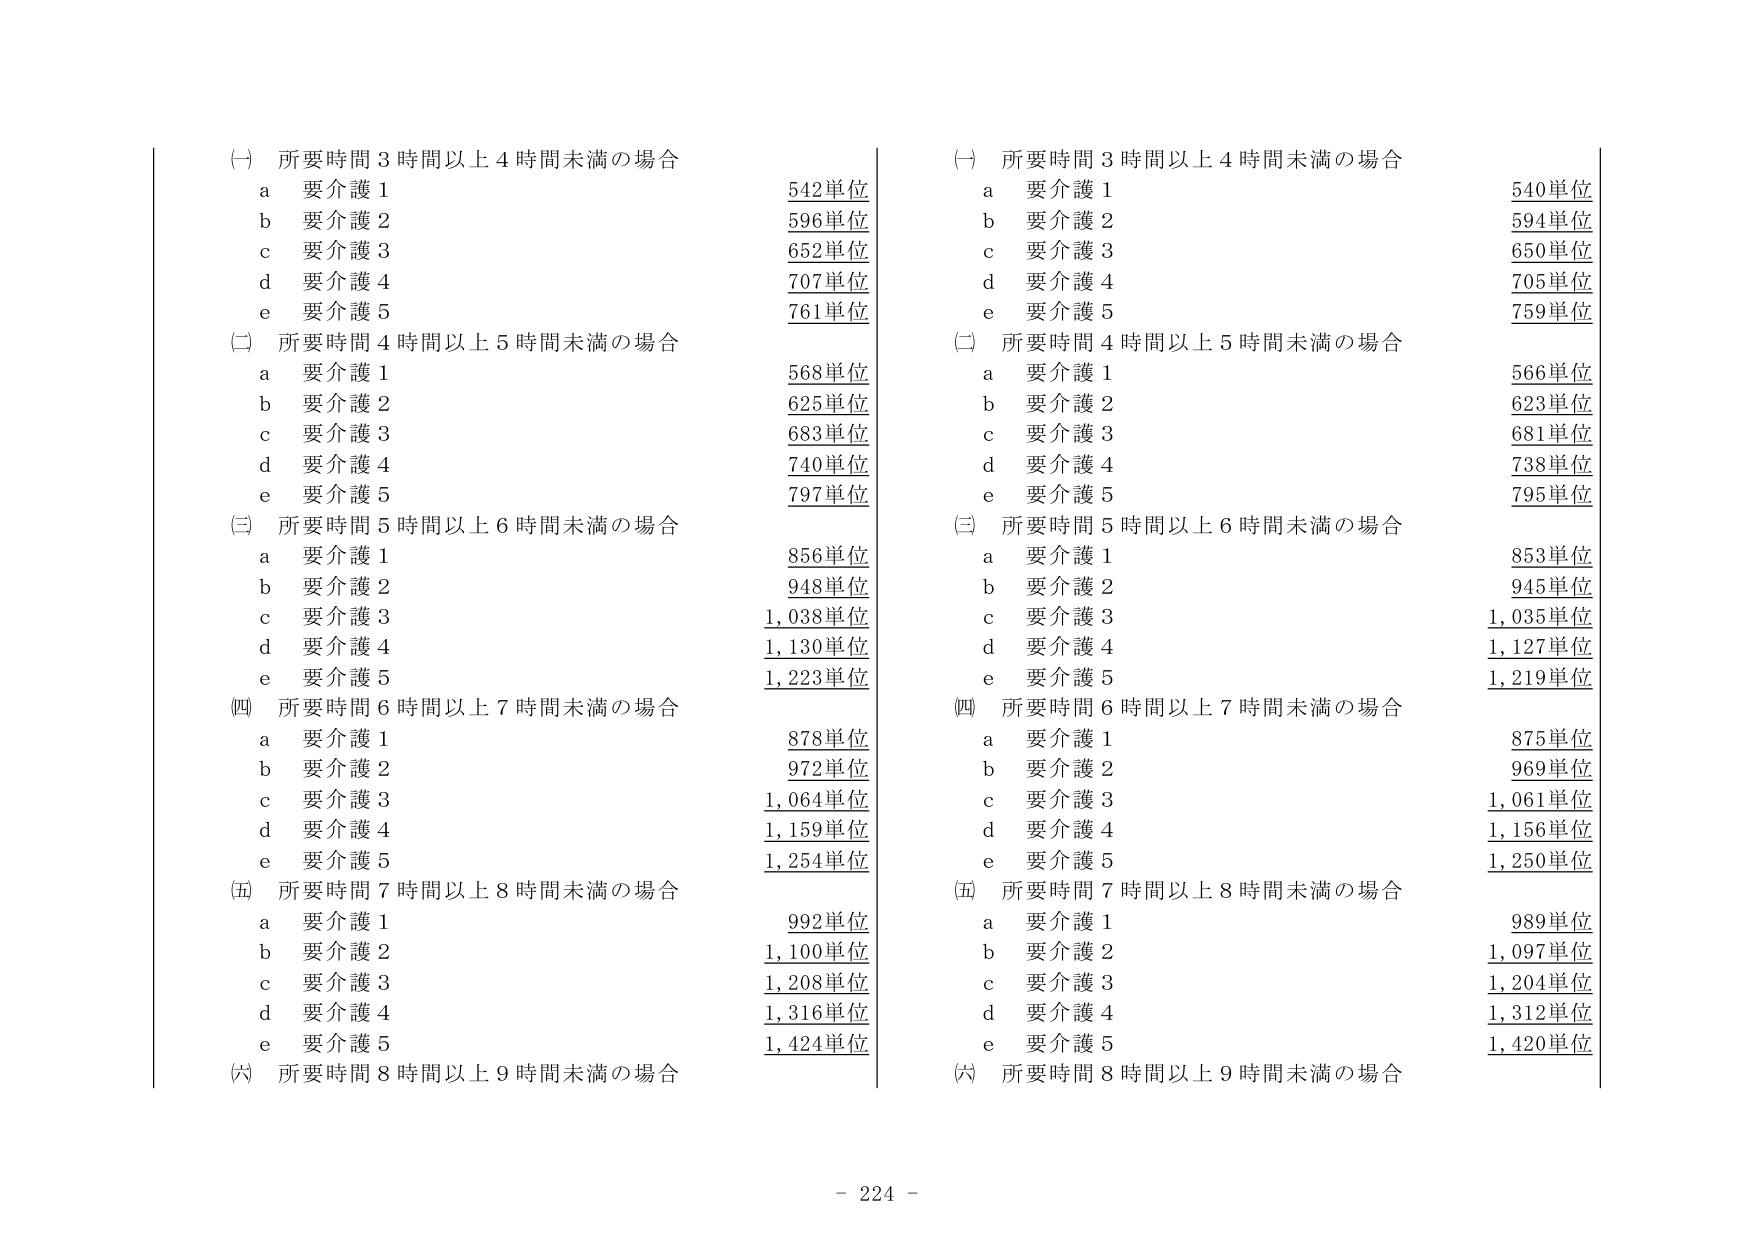
(一) 所要時間３時間以上４時間未満の場合
　a 要介護１　　　　　　　　　　　　　　　　542単位
　b 要介護２　　　　　　　　　　　　　　　　596単位
　c 要介護３　　　　　　　　　　　　　　　　652単位
　d 要介護４　　　　　　　　　　　　　　　　707単位
　e 要介護５　　　　　　　　　　　　　　　　761単位

(二) 所要時間４時間以上５時間未満の場合
　a 要介護１　　　　　　　　　　　　　　　　568単位
　b 要介護２　　　　　　　　　　　　　　　　625単位
　c 要介護３　　　　　　　　　　　　　　　　683単位
　d 要介護４　　　　　　　　　　　　　　　　740単位
　e 要介護５　　　　　　　　　　　　　　　　797単位

(三) 所要時間５時間以上６時間未満の場合
　a 要介護１　　　　　　　　　　　　　　　　856単位
　b 要介護２　　　　　　　　　　　　　　　　948単位
　c 要介護３　　　　　　　　　　　　　　　　1,038単位
　d 要介護４　　　　　　　　　　　　　　　　1,130単位
　e 要介護５　　　　　　　　　　　　　　　　1,223単位

(四) 所要時間６時間以上７時間未満の場合
　a 要介護１　　　　　　　　　　　　　　　　878単位
　b 要介護２　　　　　　　　　　　　　　　　972単位
　c 要介護３　　　　　　　　　　　　　　　　1,064単位
　d 要介護４　　　　　　　　　　　　　　　　1,159単位
　e 要介護５　　　　　　　　　　　　　　　　1,254単位

(五) 所要時間７時間以上８時間未満の場合
　a 要介護１　　　　　　　　　　　　　　　　992単位
　b 要介護２　　　　　　　　　　　　　　　　1,100単位
　c 要介護３　　　　　　　　　　　　　　　　1,208単位
　d 要介護４　　　　　　　　　　　　　　　　1,316単位
　e 要介護５　　　　　　　　　　　　　　　　1,424単位

(六) 所要時間８時間以上９時間未満の場合

(一) 所要時間３時間以上４時間未満の場合
　a 要介護１　　　　　　　　　　　　　　　　540単位
　b 要介護２　　　　　　　　　　　　　　　　594単位
　c 要介護３　　　　　　　　　　　　　　　　650単位
　d 要介護４　　　　　　　　　　　　　　　　705単位
　e 要介護５　　　　　　　　　　　　　　　　759単位

(二) 所要時間４時間以上５時間未満の場合
　a 要介護１　　　　　　　　　　　　　　　　566単位
　b 要介護２　　　　　　　　　　　　　　　　623単位
　c 要介護３　　　　　　　　　　　　　　　　681単位
　d 要介護４　　　　　　　　　　　　　　　　738単位
　e 要介護５　　　　　　　　　　　　　　　　795単位

(三) 所要時間５時間以上６時間未満の場合
　a 要介護１　　　　　　　　　　　　　　　　853単位
　b 要介護２　　　　　　　　　　　　　　　　945単位
　c 要介護３　　　　　　　　　　　　　　　　1,035単位
　d 要介護４　　　　　　　　　　　　　　　　1,127単位
　e 要介護５　　　　　　　　　　　　　　　　1,219単位

(四) 所要時間６時間以上７時間未満の場合
　a 要介護１　　　　　　　　　　　　　　　　875単位
　b 要介護２　　　　　　　　　　　　　　　　969単位
　c 要介護３　　　　　　　　　　　　　　　　1,061単位
　d 要介護４　　　　　　　　　　　　　　　　1,156単位
　e 要介護５　　　　　　　　　　　　　　　　1,250単位

(五) 所要時間７時間以上８時間未満の場合
　a 要介護１　　　　　　　　　　　　　　　　989単位
　b 要介護２　　　　　　　　　　　　　　　　1,097単位
　c 要介護３　　　　　　　　　　　　　　　　1,204単位
　d 要介護４　　　　　　　　　　　　　　　　1,312単位
　e 要介護５　　　　　　　　　　　　　　　　1,420単位

(六) 所要時間８時間以上９時間未満の場合

- 224 -